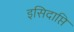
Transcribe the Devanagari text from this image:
इसिदाप्ति